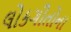
લોકગીતોના